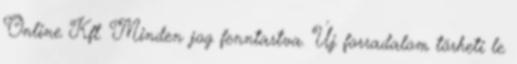
Online Kft. Minden jog fenntartva. Új forradalom törheti le